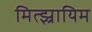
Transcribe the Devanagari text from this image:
मित्झ्रायिम